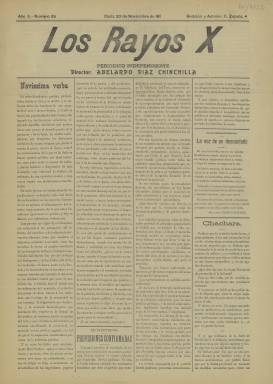
Título: Los Rayos X (Cádiz)
Colección: Periódicos
Ámbito geográfico: Cádiz
Lugar de publicación: Cádiz
Fechas: 20/11/1911-20/11/1911